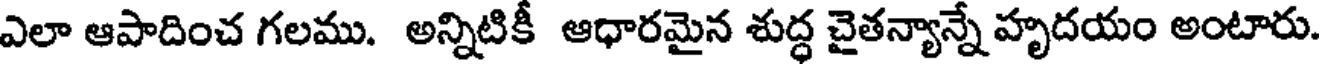
ఎలా ఆపాదించ గలము. అన్నిటికీ ఆధారమైన శుద్ధ చైతన్యాన్నే హృదయం అంటారు.